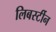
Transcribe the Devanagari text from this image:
लिबर्स्टीन